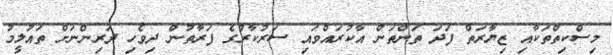
މިސްކިތްތަކާއި ޒިޔާރަތް ފަދަ ތަންތަން އާކުރައްވައި ސަރުކާރުގެ ފަރާތުން ދިވެހި ދަރިންނަށް ތައުލީމު